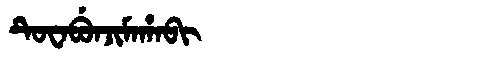
Manchu: ᡨᡠᠸᠠᠪᡠᠨᠵᡳᠮᠠᡥᠠᠪᡳ
Romanization: TUWABUNJIMAHABI